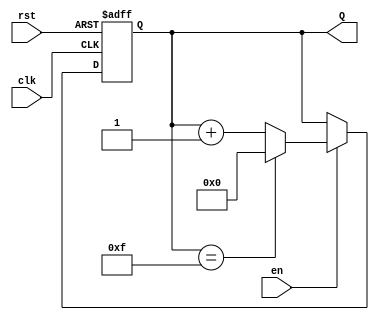
module binary_up_counter #(
    parameter n = 4  // Number of bits in the counter
)(
    input wire clk,    // Clock input
    input wire rst,    // Asynchronous reset input
    input wire en,     // Enable input
    output reg [n-1:0] Q // n-bit counter output
);

    // On each rising edge of the clock
    always @(posedge clk or posedge rst) begin
        if (rst) begin
            // Asynchronous reset
            Q <= 0;
        end else if (en) begin
            // Increment the counter if enabled
            if (Q == (2**n - 1)) begin
                Q <= 0;  // Wrap around if maximum is reached
            end else begin
                Q <= Q + 1; // Increment the counter
            end
        end
    end

endmodule